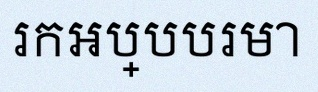
រកអប្បបរមា